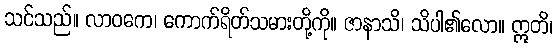
သင်သည်။ လာဝကေ၊ ကောက်ရိတ်သမားတို့ကို။ ဇာနာသိ၊ သိပါ၏လော။ ဣတိ၊